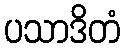
ပသာဒိတံ